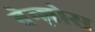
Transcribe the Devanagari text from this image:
बेन्ज़ोस